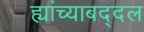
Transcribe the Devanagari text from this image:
ह्यांच्याबद्दल